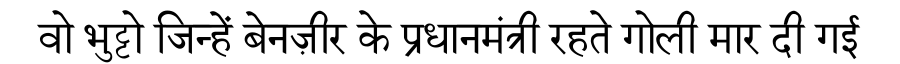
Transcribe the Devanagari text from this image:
वो भुट्टो जिन्हें बेनज़ीर के प्रधानमंत्री रहते गोली मार दी गई